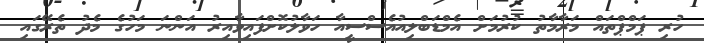
ހުރި ޕަމްޕްތައް މަރާމާތު ކުރުމަށް އެމްޑަބްލިއުއެސްސީއާ ހަވާލުކޮށްފައިވާއިރު އަންނަ މަހުގެ މެދު ތެރޭގައި